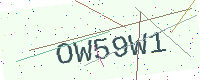
Text: OW59W1